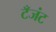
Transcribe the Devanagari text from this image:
टँजंट